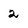
Character: 2